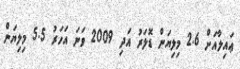
ޢައިލާއަށް 2.6 މިލިޔަން ޑޮލަރު އަދި 2009 ވަނަ އަހަރު 5.5 މިލިޔަން